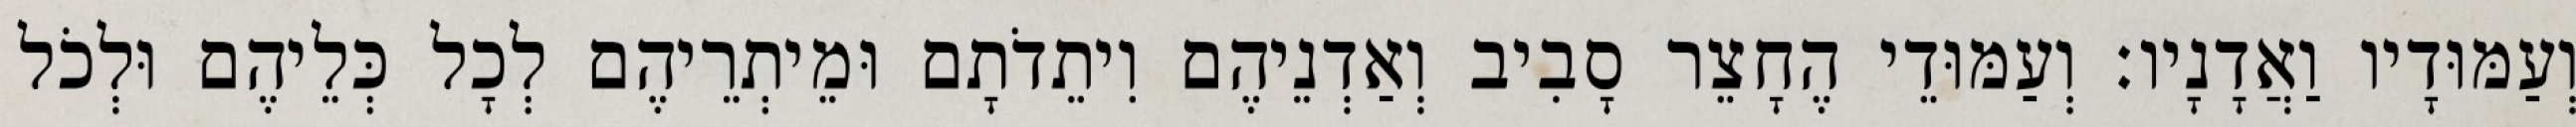
וְעַמּוּדָיו וַאֲדָנָיו׃ וְעַמּוּדֵי הֶחָצֵר סָבִיב וְאַדְנֵיהֶם וִיתֵדֹתָם וּמֵיתְרֵיהֶם לְכָל כְּלֵיהֶם וּלְכֹל